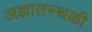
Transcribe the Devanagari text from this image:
अज्ञातस्थळी